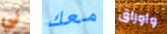
لي معك وأوراق